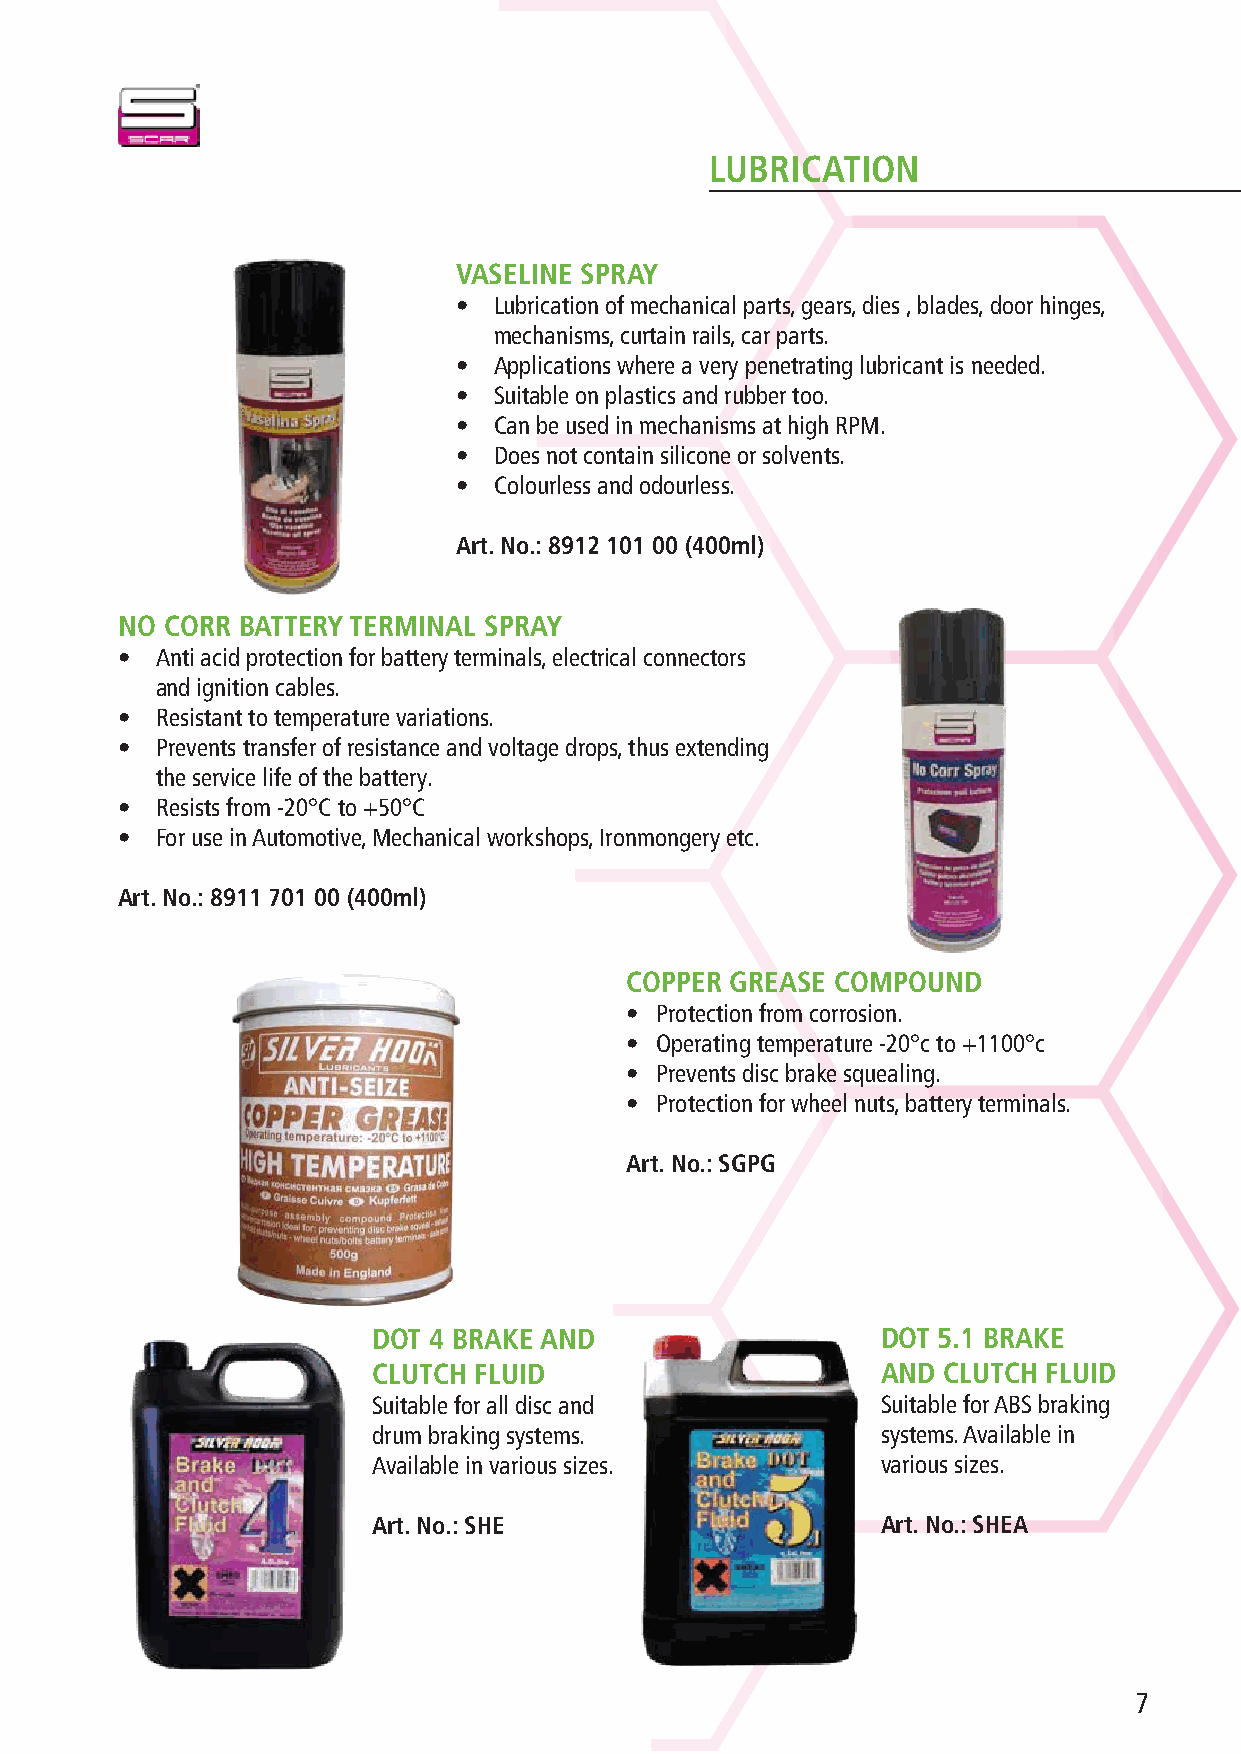
LUBRICATION
 VASELINE SPRAY
 •  Lubrication of mechanical parts, gears, dies , blades, door hinges,
 mechanisms, curtain rails, car parts.
 •  Applications where a very penetrating lubricant is needed.
 •  Suitable on plastics and rubber too.
 •  Can be used in mechanisms at high RPM.
 •  Does not contain silicone or solvents.
 •  Colourless and odourless.
 Art. No.: 8912 101 00 (400ml)
 NO CORR BATTERY TERMINAL SPRAY
 • Anti acid protection for battery terminals, electrical connectors
 and ignition cables.
 • Resistant to temperature variations.
 • Prevents transfer of resistance and voltage drops, thus extending
 the service life of the battery.
 • Resists from -20°C to +50°C
 • For use in Automotive, Mechanical workshops, Ironmongery etc.
 Art. No.: 8911 701 00 (400ml)
 COPPER GREASE COMPOUND
 • Protection from corrosion.
 • Operating temperature -20°c to +1100°c
 • Prevents disc brake squealing.
 • Protection for wheel nuts, battery terminals.
 Art. No.: SGPG
 DOT 4 BRAKE AND                  DOT 5.1 BRAKE
 CLUTCH FLUID                     AND CLUTCH FLUID
 Suitable for all disc and        Suitable for ABS braking
 drum braking systems.            systems. Available in
 Available in various sizes.      various sizes.
 Art. No.: SHE                    Art. No.: SHEA
 7